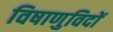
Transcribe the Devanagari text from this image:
विषाणुविदों